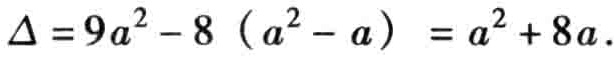
\(\Delta = 9a^{2}-8\left(a^{2}-a\right)=a^{2}+8a\)